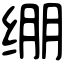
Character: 绷